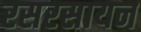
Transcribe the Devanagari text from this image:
रसरसायन